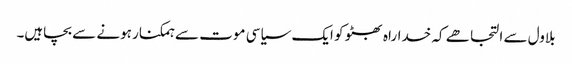
بلاول سے التجا ھے کہ خداراہ بھٹو کو ایک سیاسی موت سے ہمکنار ہونے سے بچاہیں۔